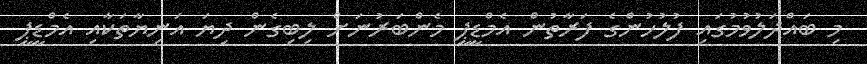
މި ބައްދަލުވުމުގައި ފުލުހުންގެ ފަރާތުން އެމްޑީޕީ މެންބަރުނަށް ލިބިގެން ދިޔަ އަނިޔާތަކާއި އެމްޑީޕީ